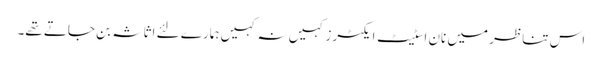
اس تناظر میں نان اسٹیٹ ایکٹرز کہیں نہ کہیں ہمارے لئے اثاثہ بن جاتے تھے۔